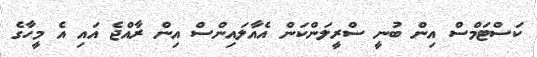
ކަސްޓަމްސް އިން ބުނީ ސްރީލަންކަން އެއާލައިންސް އިން ރާއްޖެ އައި އެ މީހާގެ